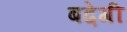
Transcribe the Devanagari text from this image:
बढे़गी